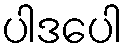
ပါဒပေါ